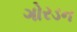
ગોરડન